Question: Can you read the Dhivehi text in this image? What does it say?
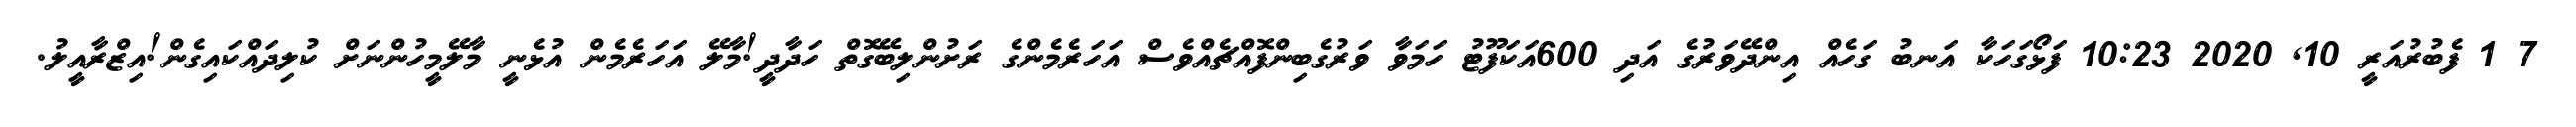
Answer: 7 1 ފެބުރުއަރީ 10, 2020 10:23 ފަޅޯގަހަކާ އަނބު ގަހެއް އިންދޭވަރުގެ އަދި 600އަކަފޫޓު ހަމަވާ ވަރުގެބިންފޮއްޗެއްވެސް އަހަރެމެންގެ ރަށުންލިބޭގޮތް ހަދާދީ!މާލޭ އަހަރެމެން އުޅެނީ މާލޭމީހުންނަށް ކުލިދައްކައިގެން!އިޒްރާއީލު.